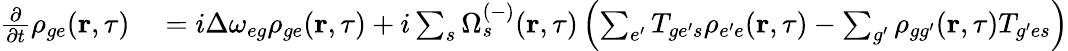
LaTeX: \begin{array}{rl}{\frac{\partial}{\partial t}\rho_{{ge}}(\textbf{r},\tau)}&{{}=i\Delta\omega_{{eg}}\rho_{{ge}}(\textbf{r},\tau)+i\sum_{s}\Omega_{s}^{(-)}(\textbf{r},\tau)\left(\sum_{e^{\prime}}T_{{ge^{\prime}}s}\rho_{{e^{\prime}e}}(\textbf{r},\tau)-\sum_{g^{\prime}}\rho_{{gg^{\prime}}}(\textbf{r},\tau)T_{{g^{\prime}e}s}\right)}\end{array}